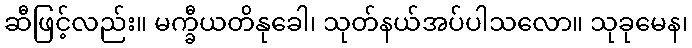
ဆီဖြင့်လည်း။ မက္ခီယတိနုခေါ၊ သုတ်နယ်အပ်ပါသလော။ သုခုမေန၊